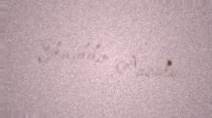
Elməddin Arzulu